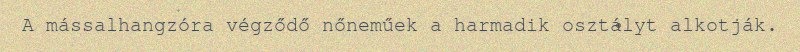
A mássalhangzóra végződő nőneműek a harmadik osztályt alkotják.